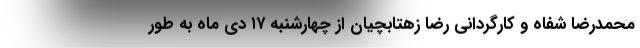
محمدرضا شفاه و کارگردانی رضا زهتابچیان از چهارشنبه ۱۷ دی ماه به طور